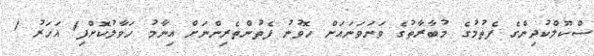
ސްކޫލްކުދިންގެ ފެތުމުގެ މުބާރާތުގެ ވަނަވަނައަށް ހޮވުނު ފެތުންތެރިންނަށް އިނާމު ހަވާލުކޮށްފި1 އަހަރު 1